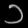
Digit: ၁